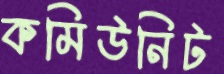
কমিউনিট